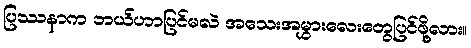
ပြဿနာက ဘယ်ဟာပြင်မလဲ အသေးအမွှားလေးတွေပြင်ဖို့လား။